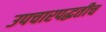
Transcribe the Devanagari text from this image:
उपचारपद्धतीच